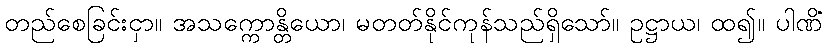
တည်စေခြင်းငှာ။ အသက္ကောန္တိယော၊ မတတ်နိုင်ကုန်သည်ရှိသော်။ ဥဋ္ဌာယ၊ ထ၍။ ပါဏိံ